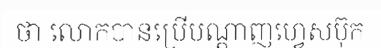
ថា លោកបានប្រើបណ្តាញហ្វេសប៊ុក